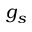
g _ { s }